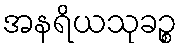
အနရိယသုခဉ္စ